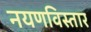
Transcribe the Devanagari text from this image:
नयणविस्तार